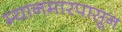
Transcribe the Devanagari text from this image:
म्यानमारपासून